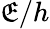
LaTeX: \mathfrak{E}/h